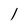
Character: 1